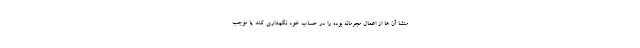
منشا آن ها از اعمال مجرمانه بوده را در حساب خود نگهداری ‌کند یا موجب